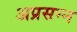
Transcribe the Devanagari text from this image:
अप्रसन्‍न